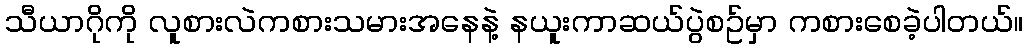
သီယာဂိုကို လူစားလဲကစားသမားအနေနဲ့ နယူးကာဆယ်ပွဲစဥ်မှာ ကစားစေခဲ့ပါတယ်။